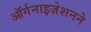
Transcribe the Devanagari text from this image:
ऑर्गनाइज़ेशनने